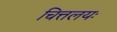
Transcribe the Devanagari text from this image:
चित्तलयः